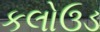
કલોઉડ